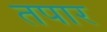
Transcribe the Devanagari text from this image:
तपार